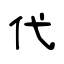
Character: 代